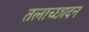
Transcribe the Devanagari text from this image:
तलाच्छादन